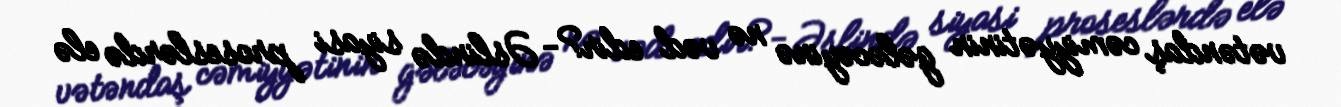
vətəndaş cəmiyyətinin gələcəyinə nə vəd edir?- Əslində siyasi proseslərdə elə